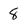
Character: 8